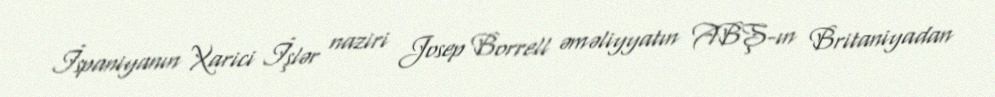
İspaniyanın Xarici İşlər naziri Josep Borrell əməliyyatın ABŞ-ın Britaniyadan